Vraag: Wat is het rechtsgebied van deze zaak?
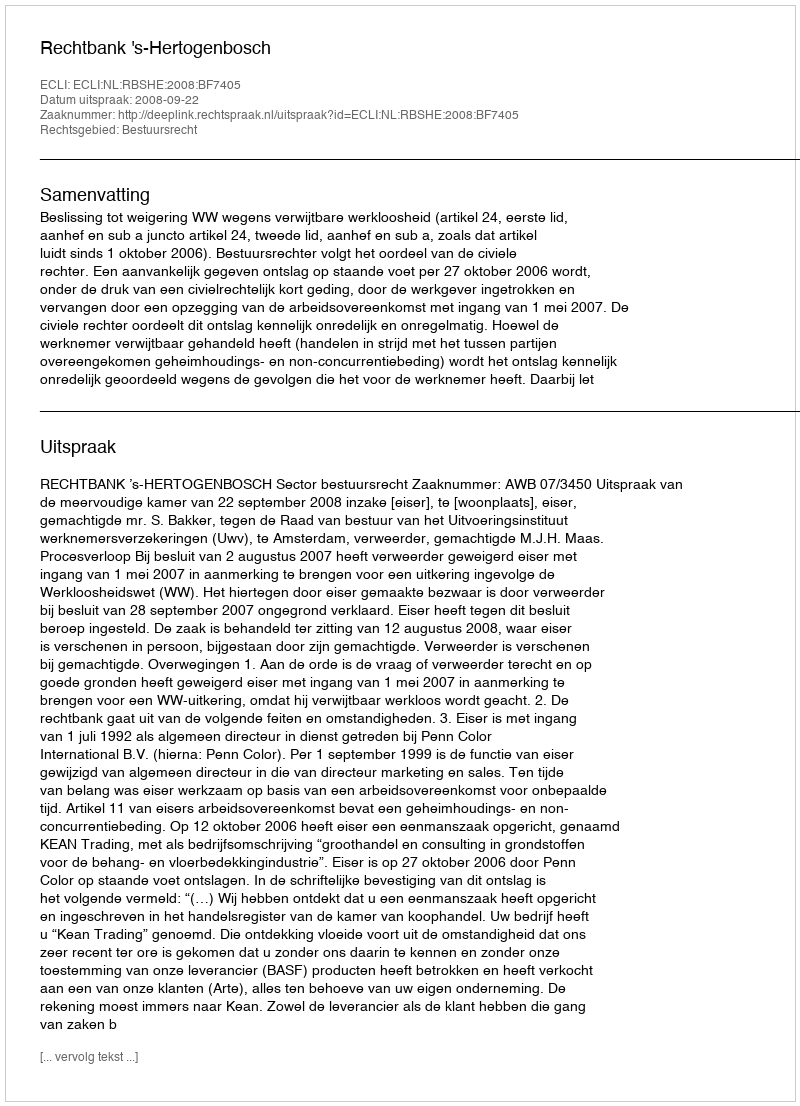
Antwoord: Bestuursrecht